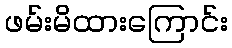
ဖမ်းမိထားကြောင်း